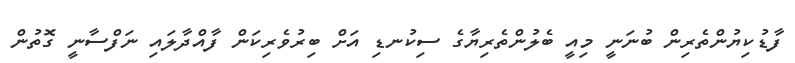
ފާޑުކިޔުންތެރިން ބުނަނީ މިއީ ބެލުންތެރިޔާގެ ސިކުނޑި އަށް ބިރުވެރިކަން ފާއްދާލައި ނަފްސާނީ ގޮތުން